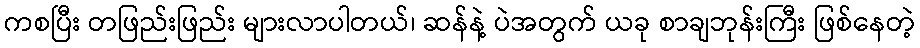
ကစပြီး တဖြည်းဖြည်း များလာပါတယ်၊ ဆန်နဲ့ ပဲအတွက် ယခု စာချဘုန်းကြီး ဖြစ်နေတဲ့